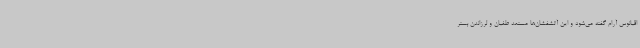
اقیانوس آرام گفته می‌شود و این آتشفشان‌ها مستعد طغیان و لرزاندن بستر